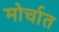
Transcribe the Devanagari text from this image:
मोर्चात